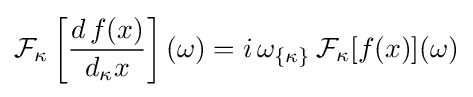
{\cal {F}}_{\kappa }\left[{\frac {d\,f(x)}{d_{\kappa }x}}\right](\omega )=i\,\omega _{\{\kappa \}}\,{\cal {F}}_{\kappa }[f(x)](\omega )